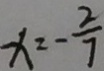
x = - \frac { 2 } { 7 }